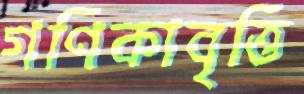
গণিকাবৃত্তি